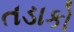
તડાકો